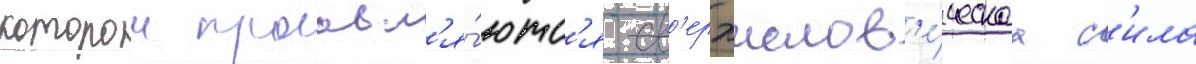
которои проавл'я́ютс'я св'ерхчелов'е́ческаа с'ила